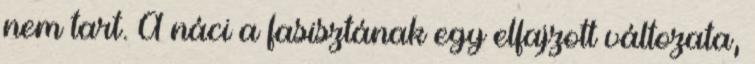
nem tart. A náci a fasisztának egy elfajzott változata,